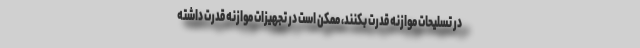
در تسلیحات موازنه قدرت بکنند، ممکن است در تجهیزات موازنه قدرت داشته